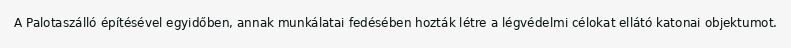
A Palotaszálló építésével egyidőben, annak munkálatai fedésében hozták létre a légvédelmi célokat ellátó katonai objektumot.